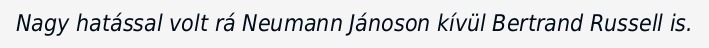
Nagy hatással volt rá Neumann Jánoson kívül Bertrand Russell is.